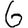
Digit: 6